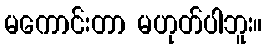
မကောင်းတာ မဟုတ်ပါဘူး။